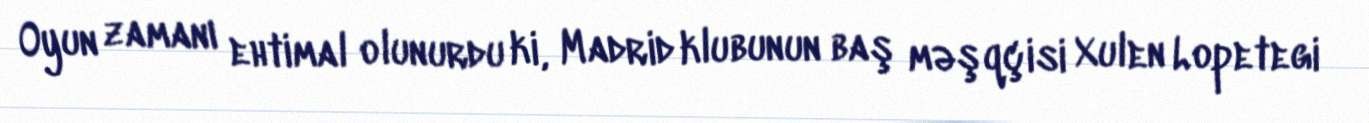
Oyun zamanı ehtimal olunurdu ki, Madrid klubunun baş məşqçisi Xulen Lopetegi